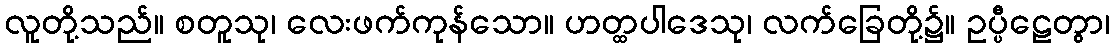
လူတို့သည်။ စတူသု၊ လေးဖက်ကုန်သော။ ဟတ္ထပါဒေသု၊ လက်ခြေတို့၌။ ဥပ္ပီဠေတွာ၊